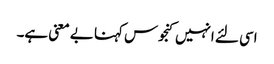
اسی لئے انہیں کنجوس کہنا بے معنی ہے۔